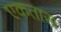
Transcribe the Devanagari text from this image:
एकतास